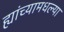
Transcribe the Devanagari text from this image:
ह्यांच्यामधल्या